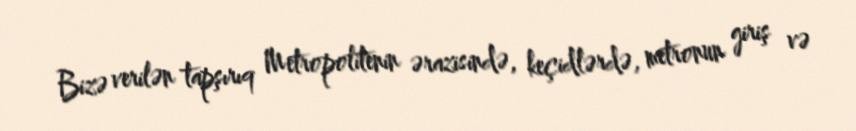
Bizə verilən tapşırıq Metropolitenin ərazisində, keçidlərdə, metronun giriş və